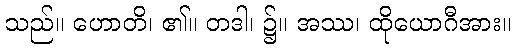
သည်။ ဟောတိ၊ ၏။ တဒါ၊ ၌။ အဿ၊ ထိုယောဂီအား။